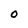
Character: O